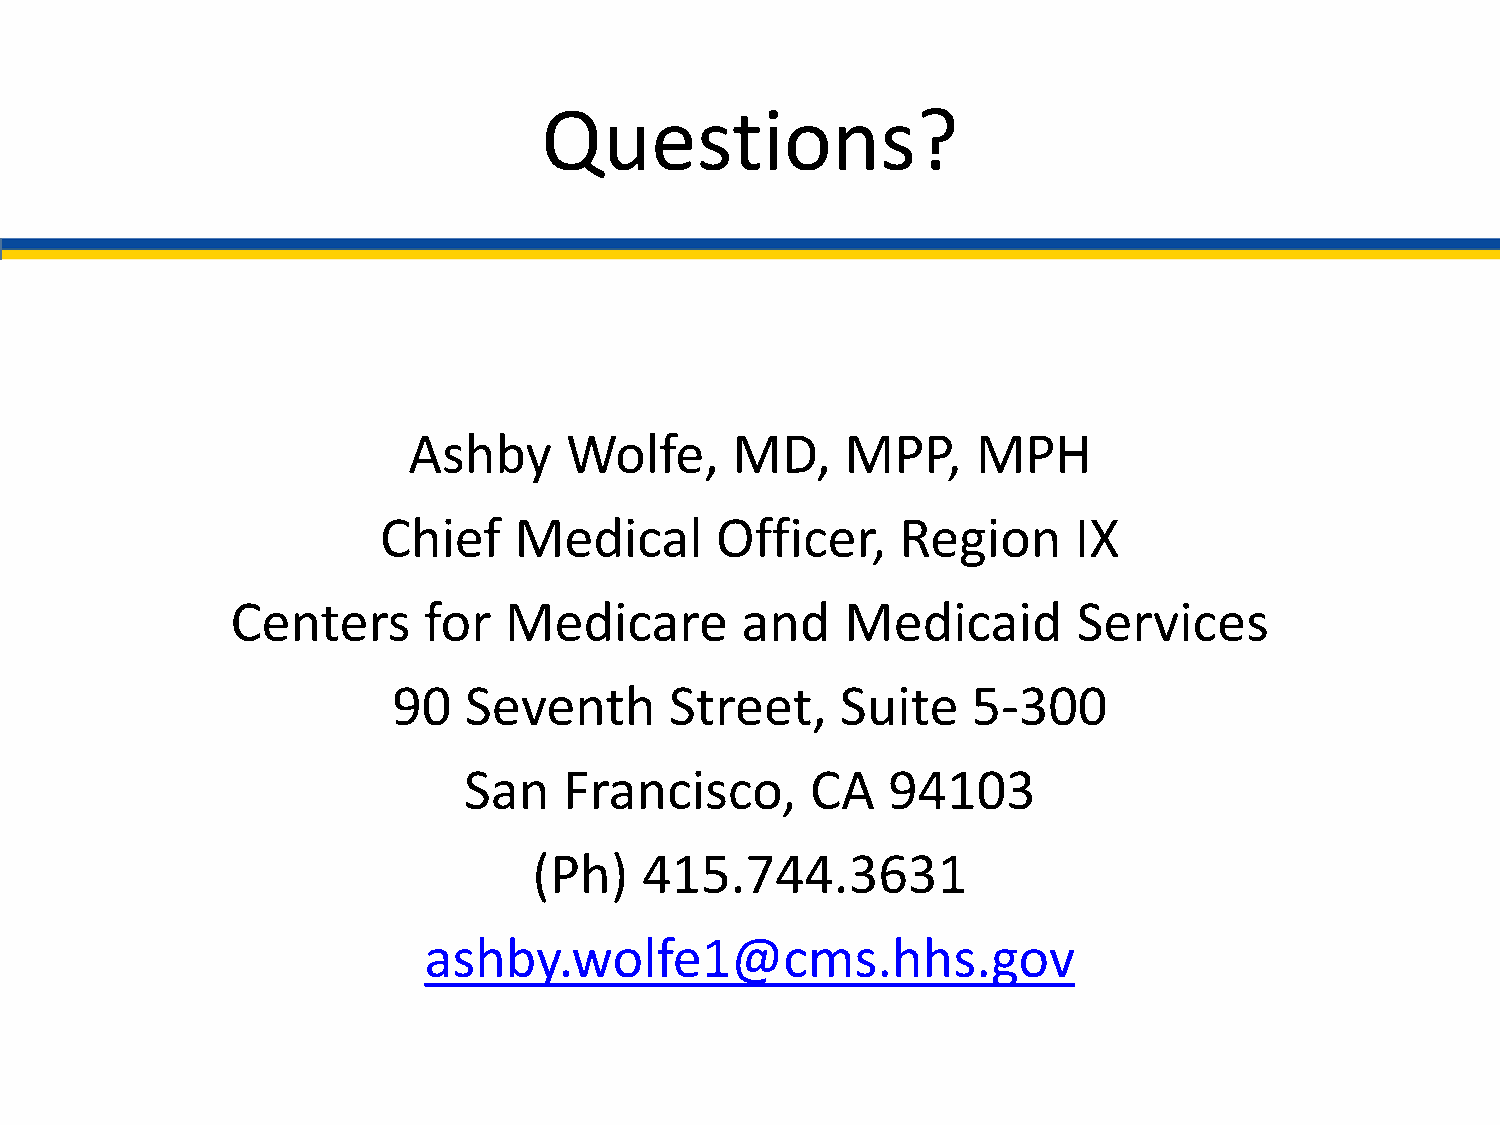
Questions?
 Ashby     Wolfe,     MD,     MPP,     MPH
 Chief    Medical      Officer,     Region     IX
 Centers      for  Medicare        and    Medicaid       Services
 90   Seventh      Street,     Suite   5-300
 San   Francisco,       CA   94103
 (Ph)    415.744.3631
 ashby.wolfe1@cms.hhs.gov